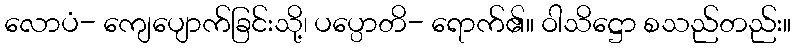
လောပံ- ကျေပျောက်ခြင်းသို့၊ ပပ္ပောတိ- ရောက်၏။ ဝါသိဋ္ဌော စသည်တည်း။